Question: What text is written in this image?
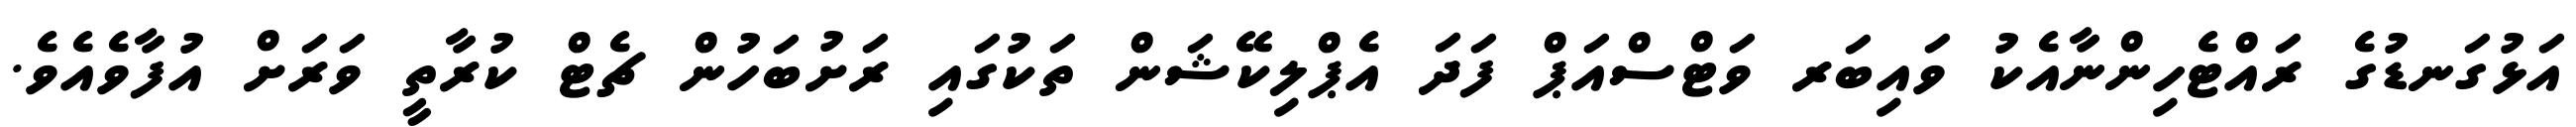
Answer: އަޅުގަނޑުގެ ރައްޓެހިންނާއެކު ވައިބަރ ވަޓްސްއަޕް ފަދަ އެޕްލިކޭޝަން ތަކުގައި ރަށުބަހުން ޗެޓް ކުރާތީ ވަރަށް އުފާވެއެވެ.